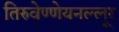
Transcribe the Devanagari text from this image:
तिरुवेण्णेयनल्लूर